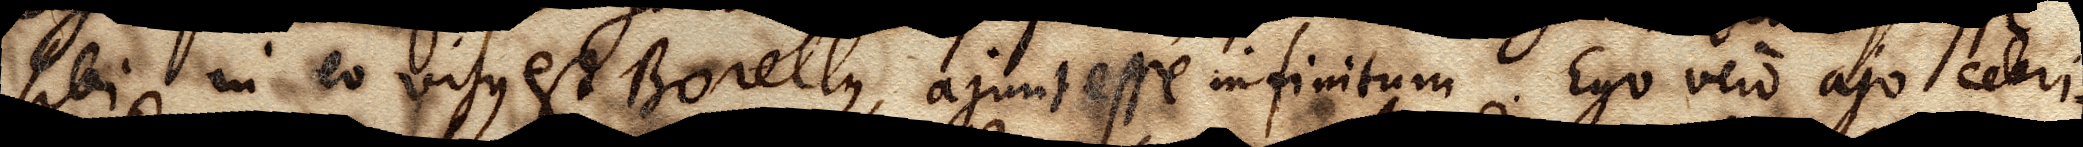
sibi in eo visus est Borellius, ajunt esse infinitum. Ego vero ajo celeri–